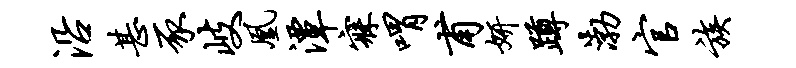
沿甚豕岐凰潭寐喟甫妍蹲渤官族